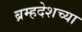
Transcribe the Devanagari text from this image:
ब्रम्हदेशच्या